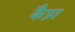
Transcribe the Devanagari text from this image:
कैप्रा